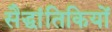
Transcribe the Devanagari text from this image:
सैद्धांतिकियों